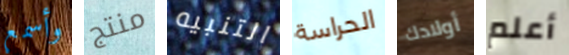
وأسمع منتج التنبيه الحراسة أولادك أعلم